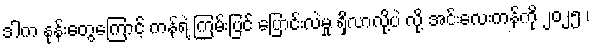
ဒါက နုန်းတွေကြောင့် ကန်ရဲ့ ကြမ်းပြင် ပြောင်းလဲမှု ရှိလာလို့ပဲ လို့ အင်းလေးကန်ကို ၂၀၂၅ ၊